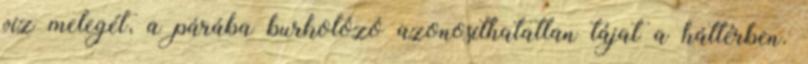
víz melegét, a párába burkolózó azonosíthatatlan tájat a háttérben.